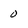
Character: 0